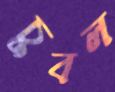
চুবল